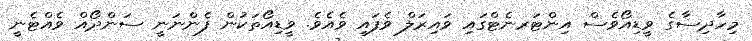
މިހާދިސާގެ ވީޑިއޯވެސް އިންޓަރނެޓްގައި ވައިރަލް ވެފައި ވެއެވެ. ވީޑިއޯތަކުން ފެންނަނީ ސަންދޯއް ވެއްޓެނީ